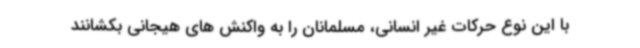
با این نوع حرکات غیر انسانی، مسلمانان را به واکنش های هیجانی بکشانند